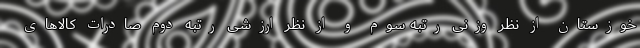
خوزستان از نظر وزنی رتبه سوم و از نظر ارزشی رتبه دوم صادرات کالاهای